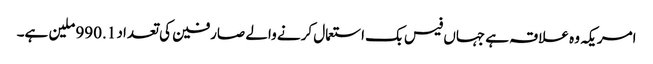
امریکہ وہ علاقہ ہے جہاں فیس بک استعمال کرنے والے صارفین کی تعداد 990.1 ملین ہے۔